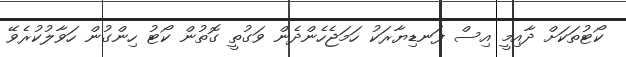
ކޯޓުތަކަށް ދާއިމީ އިސް ފަނޑިޔާރަކު ހަމަޖެހެންދެން ވަގުތީ ގޮތުން ކޯޓު ހިންގުން ހަވާލުކުރެވޭ